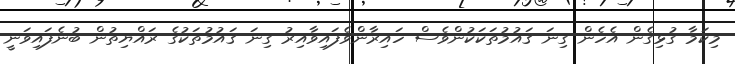
މިކަމާ ގުޅިގެން އެހެން ގިނަ ޤައުމުތަކަކުންވެސް ހައިރާންވެފައިވާއިރު ގިނަ ޤައުމުތަކުގެ ރައްޔިތުން ބުނެފައިވަނީ